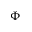
\Phi